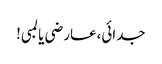
جدائی،عارضی یا لمبی!